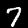
Label: 7